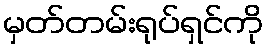
မှတ်တမ်းရုပ်ရှင်ကို